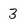
Character: 3